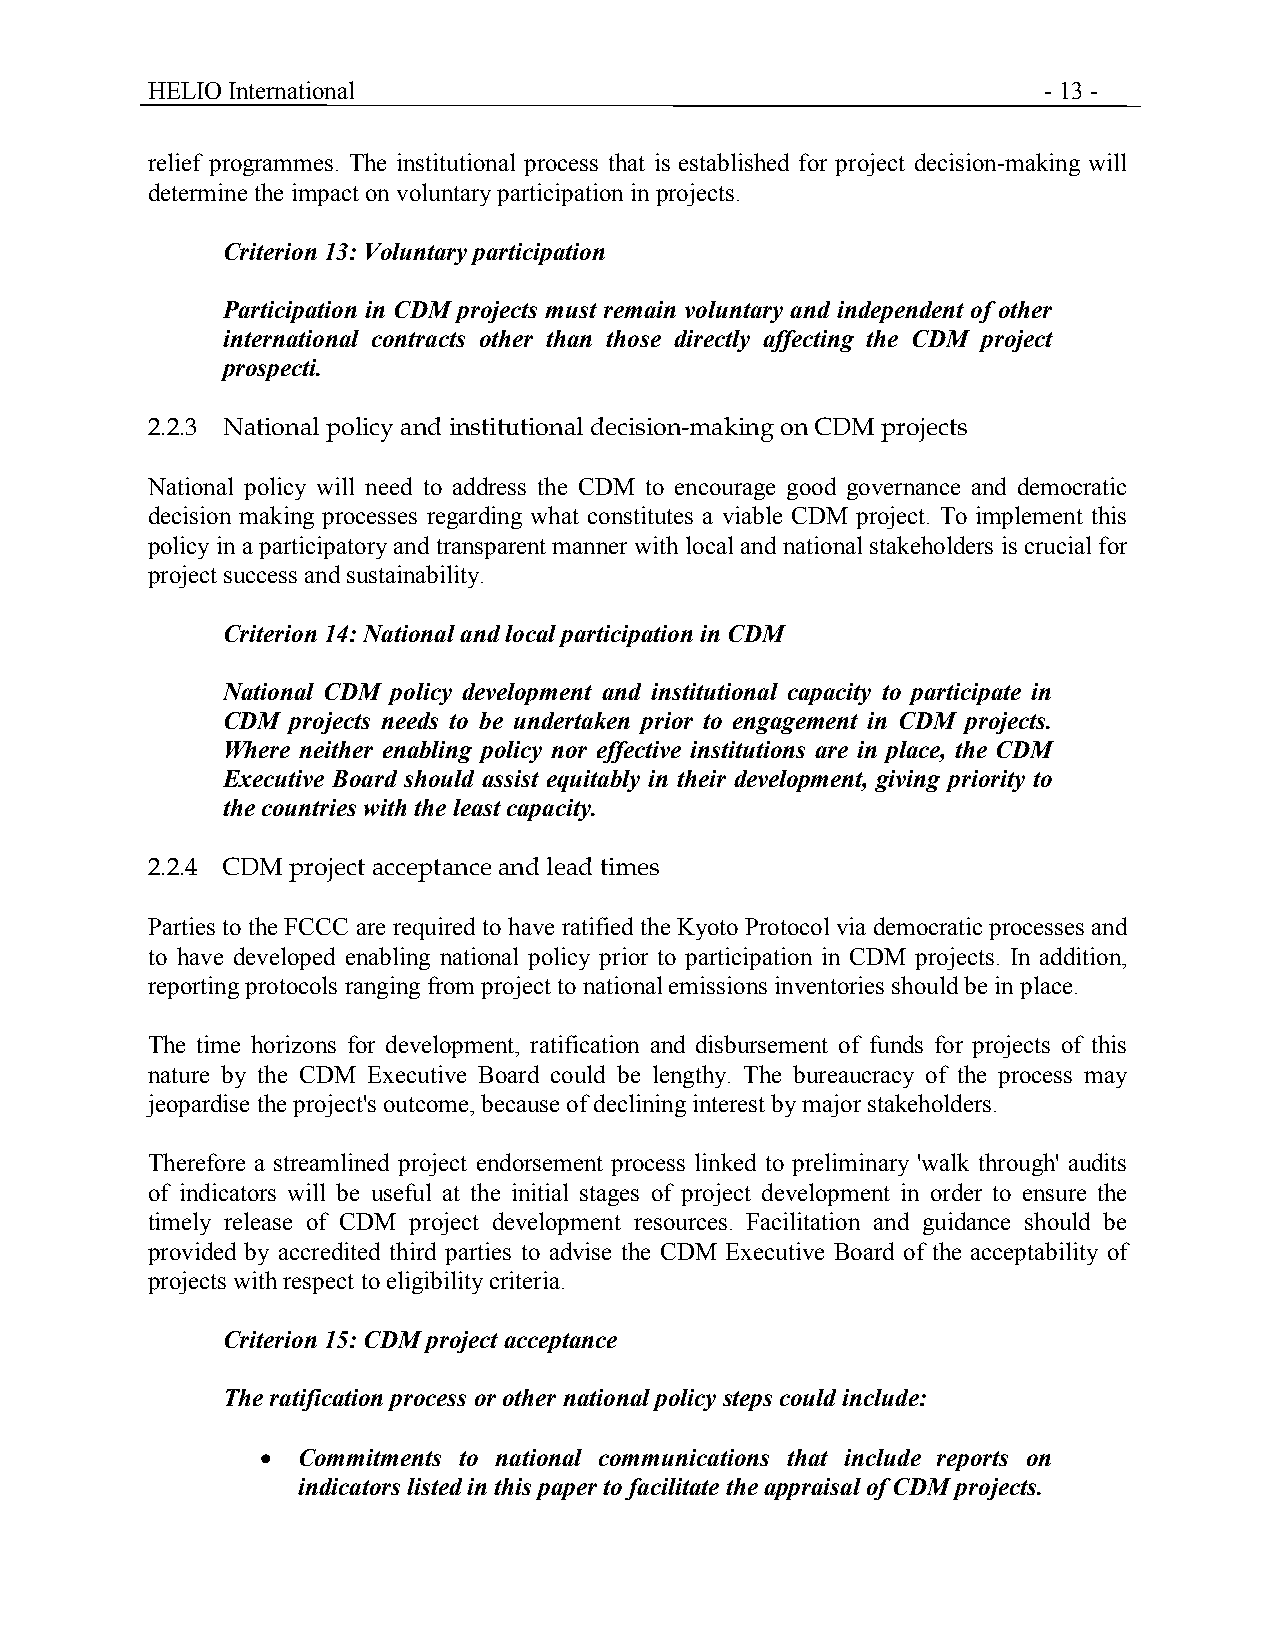
HELIO International                                        - 13 -
 relief programmes. The institutional process that is established for project decision-making will
 determine the impact on voluntary participation in projects.
 Criterion 13: Voluntary participation
 Participation in CDM projects must remain voluntary and independent of other
 international contracts other than those directly affecting the CDM project
 prospecti.
 2.2.3 National policy and institutional decision-making on CDM projects
 National policy will need to address the CDM to encourage good governance and democratic
 decision making processes regarding what constitutes a viable CDM project. To implement this
 policy in a participatory and transparent manner with local and national stakeholders is crucial for
 project success and sustainability.
 Criterion 14: National and local participation in CDM
 National CDM policy development and institutional capacity to participate in
 CDM projects needs to be undertaken prior to engagement in CDM projects.
 Where neither enabling policy nor effective institutions are in place, the CDM
 Executive Board should assist equitably in their development, giving priority to
 the countries with the least capacity.
 2.2.4 CDM project acceptance and lead times
 Parties to the FCCC are required to have ratified the Kyoto Protocol via democratic processes and
 to have developed enabling national policy prior to participation in CDM projects. In addition,
 reporting protocols ranging from project to national emissions inventories should be in place.
 The time horizons for development, ratification and disbursement of funds for projects of this
 nature by the CDM Executive Board could be lengthy. The bureaucracy of the process may
 jeopardise the project's outcome, because of declining interest by major stakeholders.
 Therefore a streamlined project endorsement process linked to preliminary 'walk through' audits
 of indicators will be useful at the initial stages of project development in order to ensure the
 timely release of CDM project development resources. Facilitation and guidance should be
 provided by accredited third parties to advise the CDM Executive Board of the acceptability of
 projects with respect to eligibility criteria.
 Criterion 15: CDM project acceptance
 The ratification process or other national policy steps could include:
 •  Commitments to national communications that include reports on
 indicators listed in this paper to facilitate the appraisal of CDM projects.